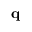
\mathbf { q }